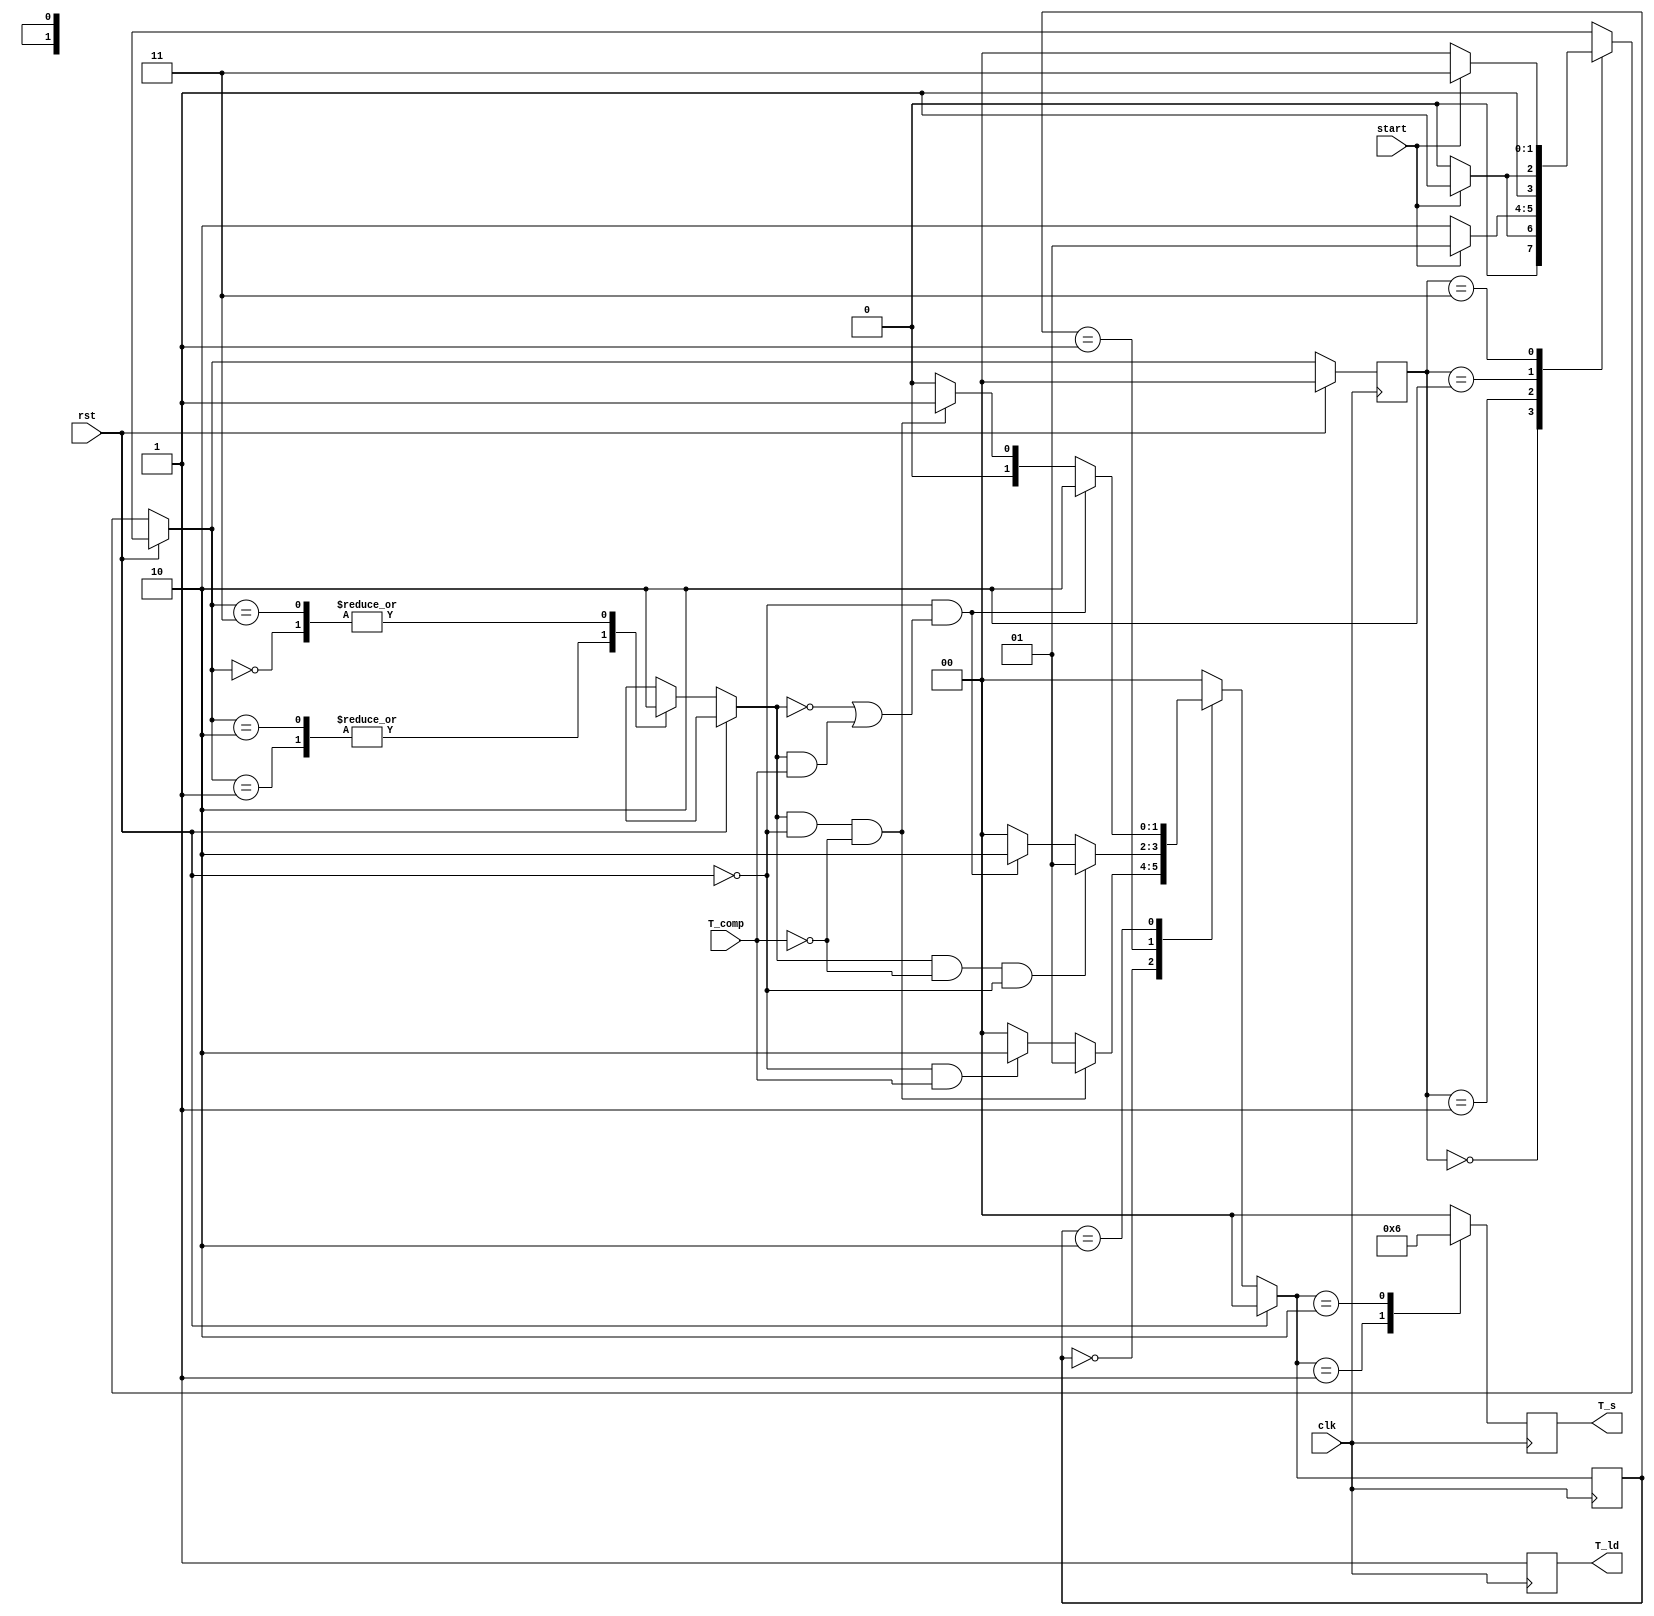
module stopwatch_state(
    input clk,
    input start,
    input rst,
    input T_comp,
    output reg [1:0] T_s,
    output reg T_ld/*,
    output reg led*/
    );
    
    localparam [1:0] SW_Init = 0,
                     SW_Tick = 1,
                     SW_Pause = 2;
                     
    reg [1:0] SW_State;
    reg [1:0] next_state;
    
    reg [1:0] State_Toggle;
    localparam [1:0] State_s0 = 0, State_s1 = 1, State_s2 = 2, State_s3 = 3;
        
    reg tick;
    
    initial begin
        SW_State = SW_Init;
        State_Toggle = State_s0;
        tick = 1'b0;
        T_ld = 1;
        T_s = 1'b00;
    end
        
    always@(*)begin
    end
        
    always@(posedge clk) begin
        if(rst) begin
            SW_State = SW_Init;
            State_Toggle = State_s0;
            tick = 0;
            //led = 0;
        end
        else begin
//            if(start) begin
//                tick = !tick;
//            end
//            else begin
                case(State_Toggle)
                    State_s0 : begin
                        if(!start)
                            State_Toggle = State_s0;
                        else if(rst)
                            State_Toggle = State_s0;
                        else
                            State_Toggle = State_s1;
                    end
                    State_s1 : begin
                        if(start)
                            State_Toggle = State_s1;
                        else if(rst)
                            State_Toggle = State_s0;
                        else
                            State_Toggle = State_s2;
                    end
                    State_s2 : begin
                        if(!start)
                            State_Toggle = State_s2;
                        else if(rst)
                            State_Toggle = State_s0;
                        else
                            State_Toggle = State_s3;
                    end
                    State_s3 : begin
                        if(!start)
                            State_Toggle = State_s0;
                        else if(rst)
                            State_Toggle = State_s0;
                        else
                            State_Toggle = State_s3;
                    end
                    default : begin
                        State_Toggle = State_s0;
                    end
                endcase
                case(State_Toggle)
                    State_s0 : begin
                        tick = 1'b0;
                    end
                    State_s1 : begin
                        tick = 1'b1;
                    end
                    State_s2 : begin
                        tick = 1'b1;
                    end
                    State_s3 : begin
                        tick = 1'b0;
                    end
                    default : begin
                        tick = 1'b0;
                    end
                endcase                
                case(SW_State)
                    SW_Init : begin
                        if(rst) begin
                            SW_State = SW_Init;
                        end
                        else if(tick && !rst && !T_comp) begin
                            SW_State = SW_Tick;
                        end
                        else if(!rst && T_comp) begin
                            SW_State = SW_Pause;
                        end
                        else begin
                            SW_State = SW_Init;
                        end
                    end
                    SW_Tick : begin
                        if(rst) begin
                            SW_State = SW_Init;
                        end
                        else if(tick && !T_comp && !rst) begin
                            SW_State = SW_Tick;
                        end
                        else if(!rst &&(!tick || (tick && T_comp))) begin
                            SW_State = SW_Pause;
                        end
                        else begin
                            SW_State = SW_Init;
                        end
                    end
                    SW_Pause : begin
                        if(rst) begin
                            SW_State = SW_Init;
                        end
                        else if(!rst &&(!tick || (tick && T_comp))) begin
                            SW_State = SW_Pause;
                        end
                        else if(tick && !rst && !T_comp) begin
                            SW_State = SW_Tick;
                        end
                        else begin
                            SW_State = SW_Init;
                        end
                    end
                    default : begin
                        SW_State = SW_Init;
                    end
                endcase
//            end
        end
        
        case(SW_State)
            SW_Init : begin
                T_s = 2'b00;//output initial value
                T_ld = 1'b1;
            end
            SW_Tick : begin
                T_s = 2'b01;//output incremented value
                T_ld = 1'b1;
            end
            SW_Pause : begin
                T_s = 2'b10;//output itself (paused)
                T_ld = 1'b1;
            end
            default : begin
                T_s = 2'b00;
                T_ld = 1'b1;
            end
        endcase
    end
endmodule